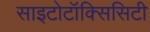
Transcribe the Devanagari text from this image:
साइटोटॉक्सिसिटी